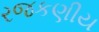
રજકણીય